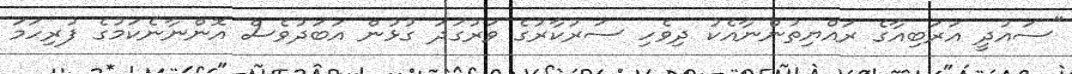
"ސައުދީ އަރަބިއާގެ ރައްޔިތުންނާއެކު ދިވެހި ސަރުކާރުގެ ވަރުގަދަ ގުޅުން އަބަދުވެސް އޮންނާނެކަމުގެ ފުރިހަމަ